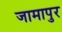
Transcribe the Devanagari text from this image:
जामापुर